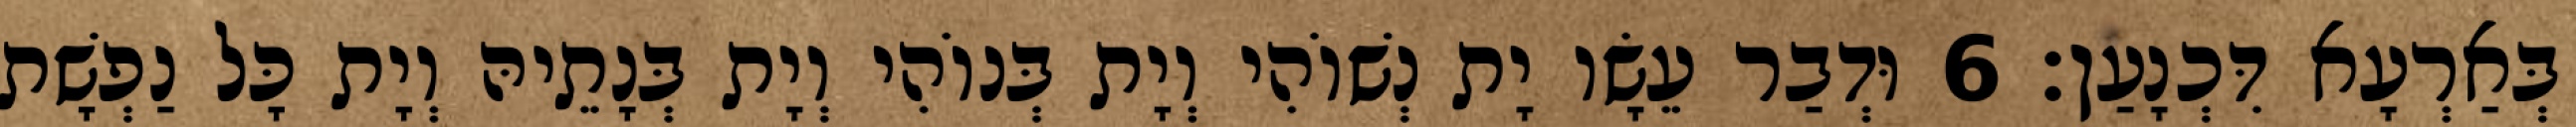
בְּאַרְעָא דִּכְנָעַן׃ 6 וּדְבַר עֵשָׂו יָת נְשׁוֹהִי וְיָת בְּנוֹהִי וְיָת בְּנָתֵיהּ וְיָת כָּל נַפְשָׁת